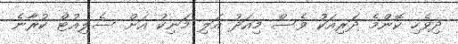
ދިވެހި ކޮންމެ ދަރިއަކު ވެސް މިއަދު އަލި މަނިކު އަށް ސެލިއުޓް ކުރާނެ